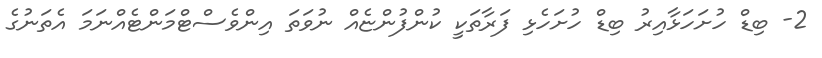
2- ބިޑް ހުށަހަޅާއިރު ބިޑް ހުށަހެޅި ފަރާތަކީ ކުންފުންޏެއް ނުވަތަ އިންވެސްޓްމަންޓެއްނަމަ އެތަނުގެ